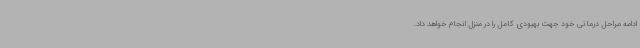
ادامه مراحل درمانی خود جهت بهبودی کامل را در منزل انجام خواهد داد.